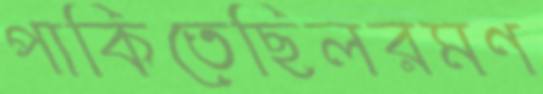
পাকিতেছিলরমণ